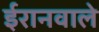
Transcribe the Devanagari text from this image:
ईरानवाले